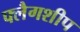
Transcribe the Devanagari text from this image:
फ्लैगशीप